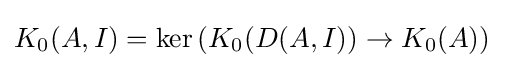
K_{0}(A,I)=\ker \left({K_{0}(D(A,I))\rightarrow K_{0}(A)}\right)\